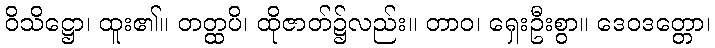
ဝိသိဋ္ဌော၊ ထူး၏။ တတ္ထပိ၊ ထိုဇာတ်၌လည်း။ တာဝ၊ ရှေးဦးစွာ။ ဒေဝဒတ္တော၊